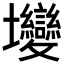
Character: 𡔖